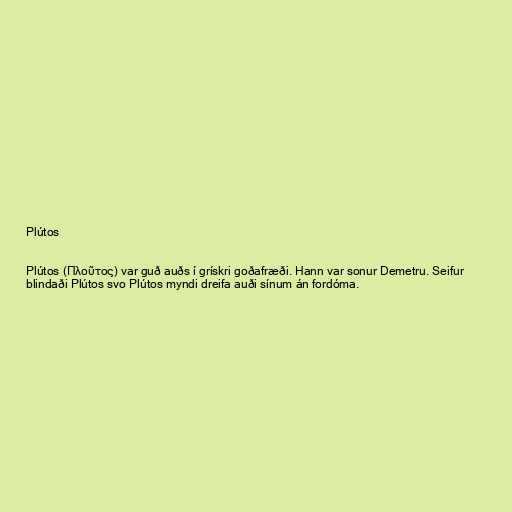
Plútos

Plútos (Πλοῦτος) var guð auðs í grískri goðafræði. Hann var sonur Demetru. Seifur
blindaði Plútos svo Plútos myndi dreifa auði sínum án fordóma.